65_HS1-834228961_62-HQ-83894_Section_8
Agency: FBI
Page 9
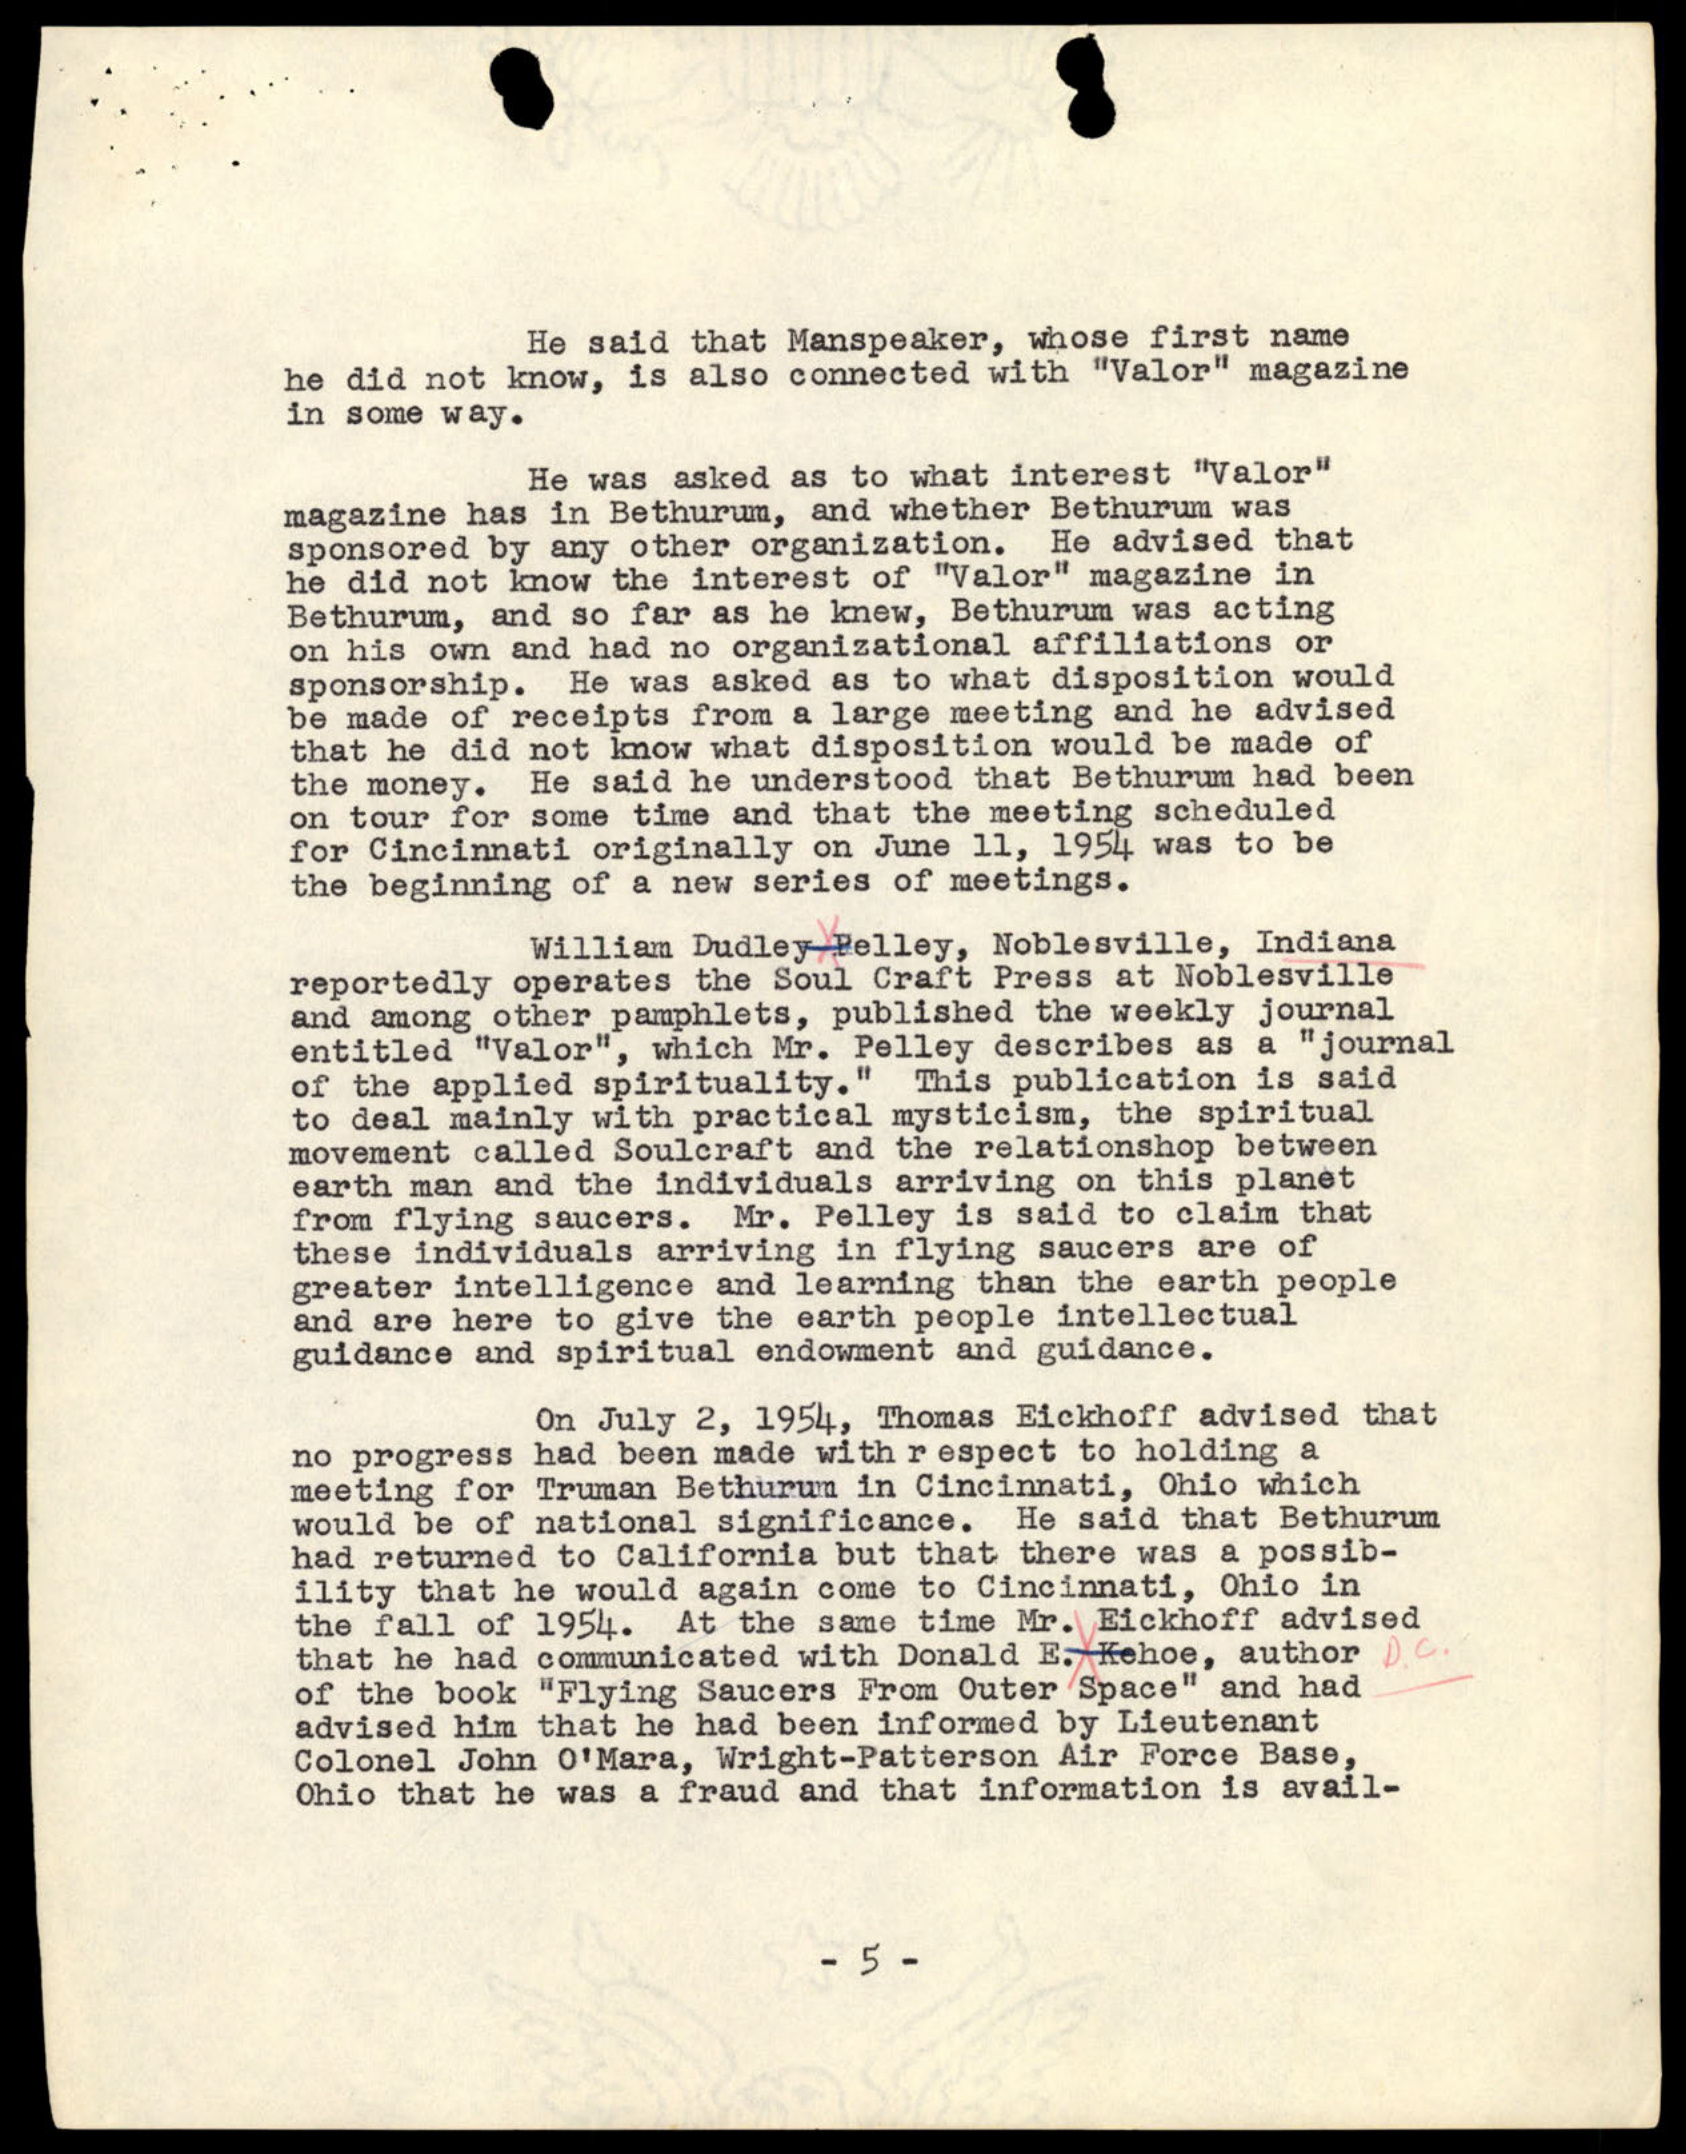